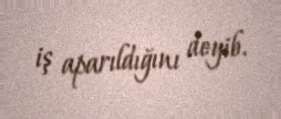
iş aparıldığını deyib.